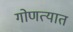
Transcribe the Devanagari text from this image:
गोणत्यात